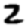
Digit: 2